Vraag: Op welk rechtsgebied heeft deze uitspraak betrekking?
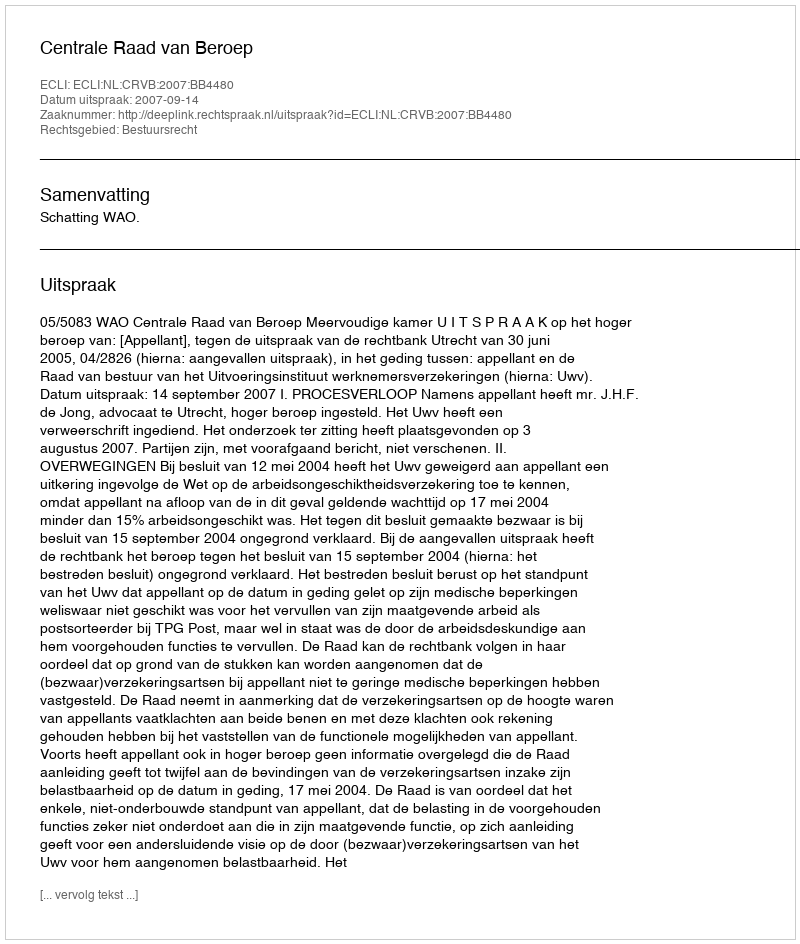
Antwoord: Bestuursrecht